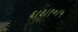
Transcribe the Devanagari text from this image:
६।३।१०।५